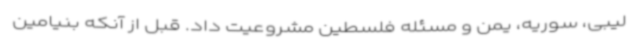
لیبی، سوریه، یمن و مسئله فلسطین مشروعیت داد. قبل از آنکه بنیامین